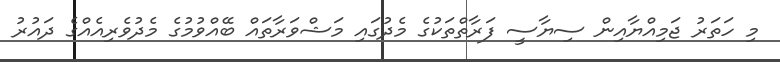
މި ހަތަރު ޖަމިއްޔާއިން ސިޔާސީ ފަރާތްތަކުގެ މެދުގައި މަޝްވަރާތައް ބޭއްވުމުގެ މެދުވެރިއެއްގެ ދައުރު